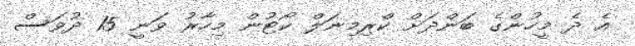
އެ ދެ މީހުންގެ ބަންދަށް ކްރިމިނަލް ކޯޓުން މިހާރު ވަނީ 15 ދުވަސް